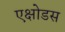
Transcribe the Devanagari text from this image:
एक्षोडस